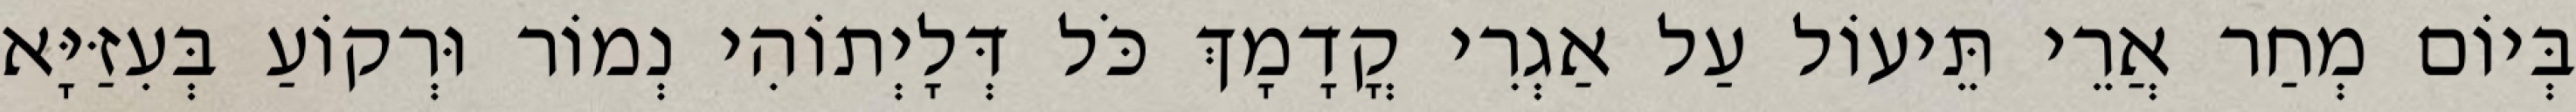
בְּיוֹם מְחַר אֲרֵי תֵּיעוֹל עַל אַגְרִי קֳדָמָךְ כֹּל דְּלָיְתוֹהִי נְמוֹר וּרְקוֹעַ בְּעִזַּיָּא